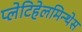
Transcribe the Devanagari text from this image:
प्लेटिहेलमिन्थेस